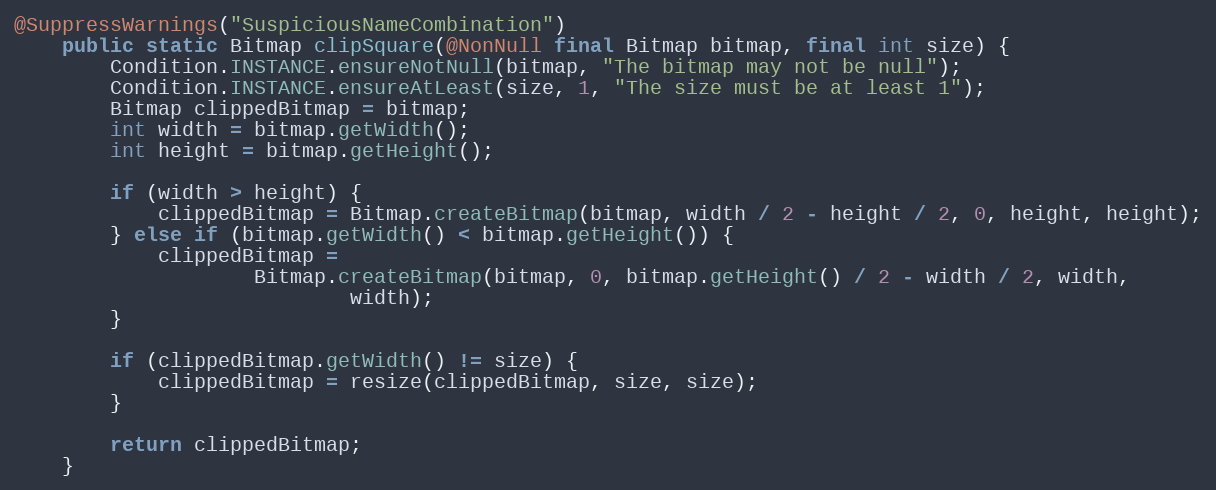
Language: Java
@SuppressWarnings("SuspiciousNameCombination")
    public static Bitmap clipSquare(@NonNull final Bitmap bitmap, final int size) {
        Condition.INSTANCE.ensureNotNull(bitmap, "The bitmap may not be null");
        Condition.INSTANCE.ensureAtLeast(size, 1, "The size must be at least 1");
        Bitmap clippedBitmap = bitmap;
        int width = bitmap.getWidth();
        int height = bitmap.getHeight();

        if (width > height) {
            clippedBitmap = Bitmap.createBitmap(bitmap, width / 2 - height / 2, 0, height, height);
        } else if (bitmap.getWidth() < bitmap.getHeight()) {
            clippedBitmap =
                    Bitmap.createBitmap(bitmap, 0, bitmap.getHeight() / 2 - width / 2, width,
                            width);
        }

        if (clippedBitmap.getWidth() != size) {
            clippedBitmap = resize(clippedBitmap, size, size);
        }

        return clippedBitmap;
    }